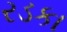
રડકા